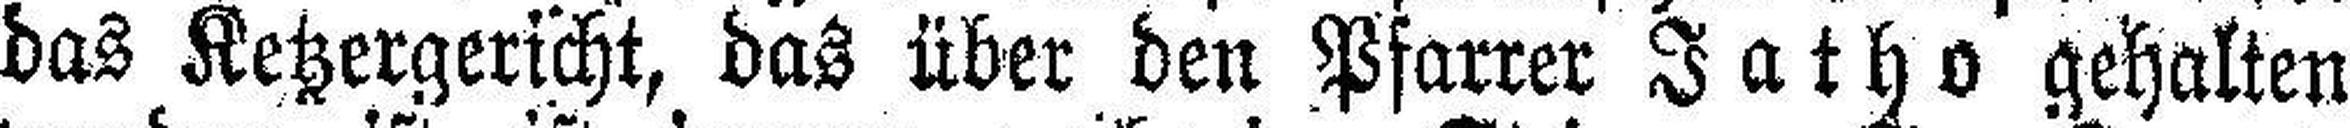
das Ketzergericht, das über den Pfarrer Jatho gehalten